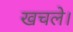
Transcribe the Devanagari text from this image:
खचले।